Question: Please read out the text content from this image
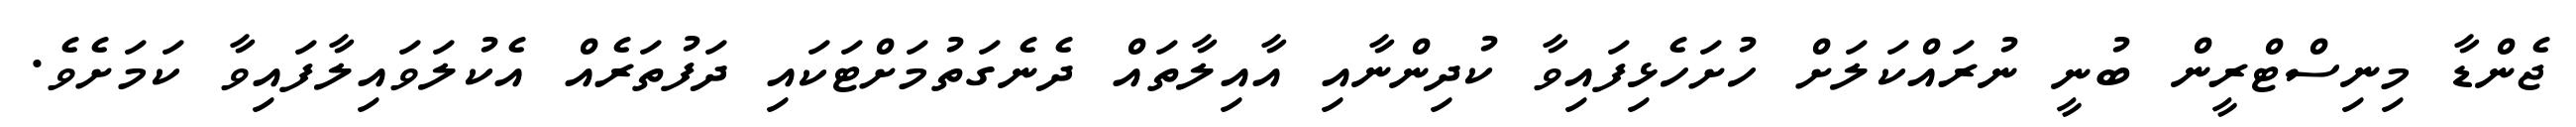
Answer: ޖެންޑާ މިނިސްޓްރީން ބުނީ ނުރައްކަލަށް ހުށަހެޅިފައިވާ ކުދިންނާއި އާއިލާތައް ދެނެގަތުމަށްޓަކައި ދަފުތަރެއް އެކުލަވައިލާފައިވާ ކަމަށެވެ.